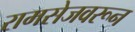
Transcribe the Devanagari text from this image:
रामसेजवरून